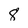
Character: 8